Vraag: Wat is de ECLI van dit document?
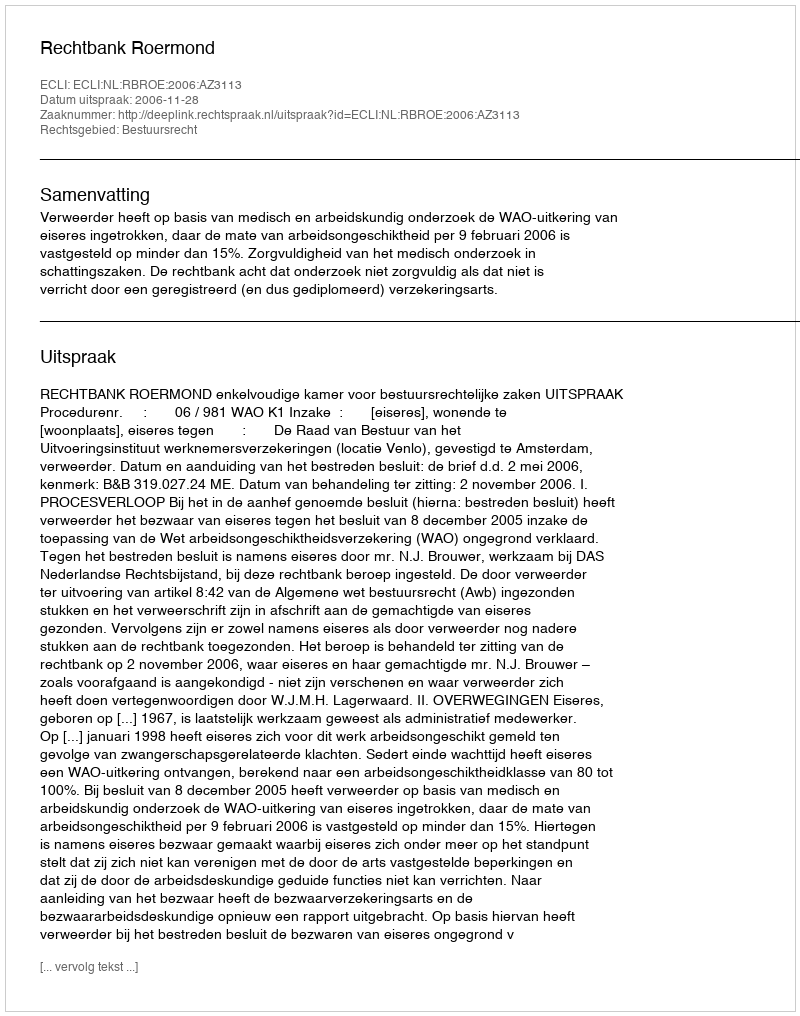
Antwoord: ECLI:NL:RBROE:2006:AZ3113